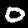
Label: 0